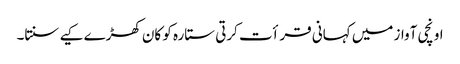
اونچی آواز میں کہانی قرأت کرتی ستارہ کو کان کھڑے کیے سنتا۔